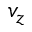
v _ { z }